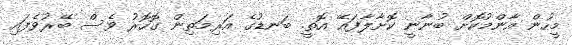
މީހުން އާންމުކޮށް ބުނާނީ ކޮށާލާފައޭ އޮތީ. ބަނޑުގެ އަރިމަތިން ގޮހޮރު ވެސް ބޭރުވެފައި